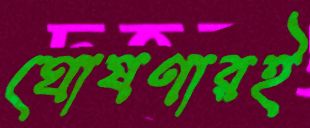
ঘোষণারই